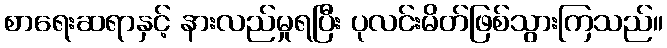
စာရေးဆရာနှင့် နားလည်မှုရပြီး ပုလင်းမိတ်ဖြစ်သွားကြသည်။